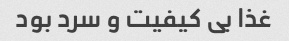
غذا بی کیفیت و سرد بود